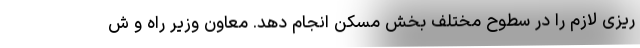
ریزی لازم را در سطوح مختلف بخش مسکن انجام دهد. معاون وزیر راه و ش